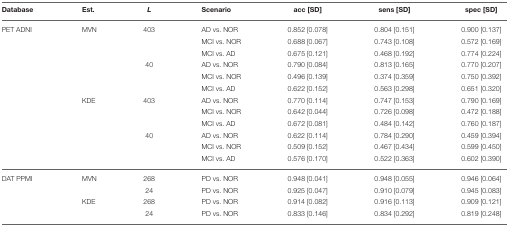
<table><thead><tr><td><b>Database</b></td><td><b>Est.</b></td><td><b><i>L</i></b></td><td><b>Scenario</b></td><td><b>acc [SD]</b></td><td><b>sens [SD]</b></td><td><b>spec [SD]</b></td></tr></thead><tbody><tr><td>PET ADNI</td><td>MVN</td><td>403</td><td>AD vs. NOR</td><td>0.852 [0.078]</td><td>0.804 [0.151]</td><td>0.900 [0.137]</td></tr><tr><td></td><td></td><td></td><td>MCI vs. NOR</td><td>0.688 [0.067]</td><td>0.743 [0.108]</td><td>0.572 [0.169]</td></tr><tr><td></td><td></td><td></td><td>MCI vs. AD</td><td>0.675 [0.121]</td><td>0.468 [0.192]</td><td>0.774 [0.224]</td></tr><tr><td></td><td></td><td>40</td><td>AD vs. NOR</td><td>0.790 [0.084]</td><td>0.813 [0.165]</td><td>0.770 [0.207]</td></tr><tr><td></td><td></td><td></td><td>MCI vs. NOR</td><td>0.496 [0.139]</td><td>0.374 [0.359]</td><td>0.750 [0.392]</td></tr><tr><td></td><td></td><td></td><td>MCI vs. AD</td><td>0.622 [0.152]</td><td>0.563 [0.298]</td><td>0.651 [0.320]</td></tr><tr><td></td><td>KDE</td><td>403</td><td>AD vs. NOR</td><td>0.770 [0.114]</td><td>0.747 [0.153]</td><td>0.790 [0.169]</td></tr><tr><td></td><td></td><td></td><td>MCI vs. NOR</td><td>0.642 [0.044]</td><td>0.726 [0.098]</td><td>0.472 [0.188]</td></tr><tr><td></td><td></td><td></td><td>MCI vs. AD</td><td>0.672 [0.081]</td><td>0.484 [0.142]</td><td>0.760 [0.187]</td></tr><tr><td></td><td></td><td>40</td><td>AD vs. NOR</td><td>0.622 [0.114]</td><td>0.784 [0.290]</td><td>0.459 [0.394]</td></tr><tr><td></td><td></td><td></td><td>MCI vs. NOR</td><td>0.509 [0.152]</td><td>0.467 [0.434]</td><td>0.599 [0.450]</td></tr><tr><td></td><td></td><td></td><td>MCI vs. AD</td><td>0.576 [0.170]</td><td>0.522 [0.363]</td><td>0.602 [0.390]</td></tr><tr><td>DAT PPMI</td><td>MVN</td><td>268</td><td>PD vs. NOR</td><td>0.948 [0.041]</td><td>0.948 [0.055]</td><td>0.946 [0.064]</td></tr><tr><td></td><td></td><td>24</td><td>PD vs. NOR</td><td>0.925 [0.047]</td><td>0.910 [0.079]</td><td>0.945 [0.083]</td></tr><tr><td></td><td>KDE</td><td>268</td><td>PD vs. NOR</td><td>0.914 [0.082]</td><td>0.916 [0.113]</td><td>0.909 [0.121]</td></tr><tr><td></td><td></td><td>24</td><td>PD vs. NOR</td><td>0.833 [0.146]</td><td>0.834 [0.292]</td><td>0.819 [0.248]</td></tr></tbody></table>